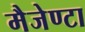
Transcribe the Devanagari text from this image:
मैजेण्टा